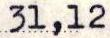
31,12